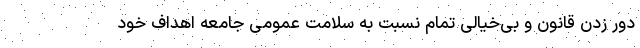
دور زدن قانون و بی‌خیالی تمام نسبت به سلامت عمومی جامعه اهداف خود